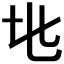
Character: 𬼙